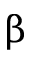
\upbeta